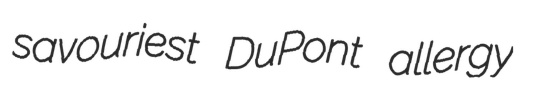
savouriest DuPont allergy